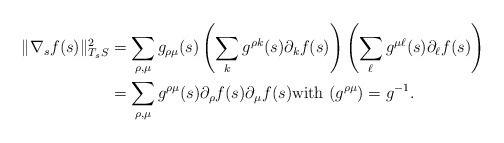
\begin{align*} \| \nabla_{s}f(s)\|_{T_{s}S}^2 &= \sum_{\rho,\mu}g_{\rho\mu}(s) \left(\sum_{k} g^{\rho k}(s)\partial_{k}f(s) \right)\left(\sum_{\ell} g^{\mu\ell}(s)\partial_{\ell}f(s) \right) \\ &=\sum_{\rho,\mu}g^{\rho\mu}(s) \partial_{\rho}f(s)\partial_{\mu}f(s) \mbox{with} \ (g^{\rho \mu})=g^{-1}. \end{align*}